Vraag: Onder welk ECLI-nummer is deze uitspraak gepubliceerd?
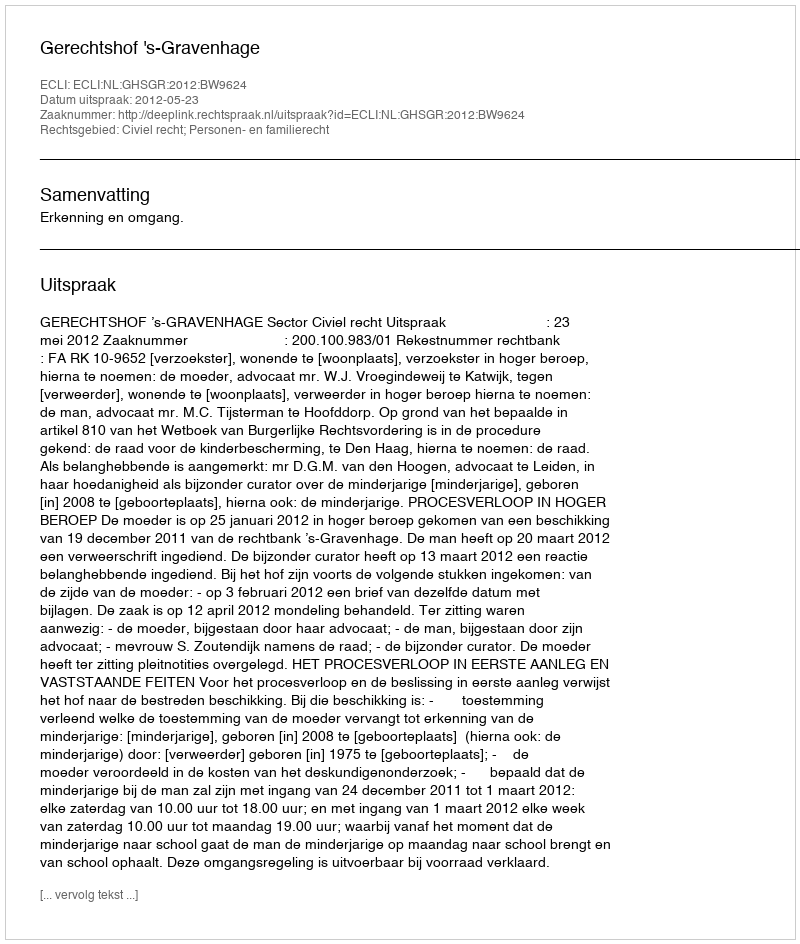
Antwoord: ECLI:NL:GHSGR:2012:BW9624